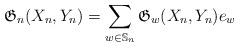
\begin{gather*} \mathfrak{G}_n(X_n,Y_n)= \sum_{w \in \mathbb{S}_n} \mathfrak{G}_w(X_n,Y_n) e_{w} \end{gather*}